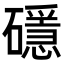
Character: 𥖵